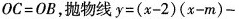
OC=OB，抛物线y=(x-2)(x-m)-